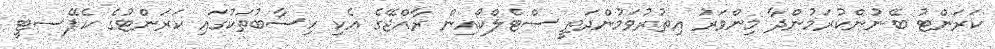
ކަރަންޓު ބޭނުންކުރަމުންދާ މިންވަރު އިތުރުވަމުންދަތީ ސްޓެލްކޯއިން ރާއްޖޭގެ އެކި ހިސާބުތަކުގައި ކަރަންޓުގެ ކެޕޭސޓީ